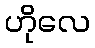
ဟိုလေ